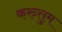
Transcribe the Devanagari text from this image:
करुत्तुम